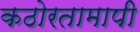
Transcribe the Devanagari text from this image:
कठोरतामापी